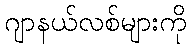
ဂျာနယ်လစ်များကို